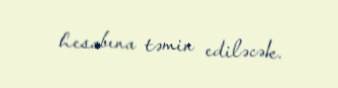
hesabına təmin ediləcək.